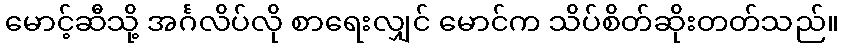
မောင့်ဆီသို့ အင်္ဂလိပ်လို စာရေးလျှင် မောင်က သိပ်စိတ်ဆိုးတတ်သည်။